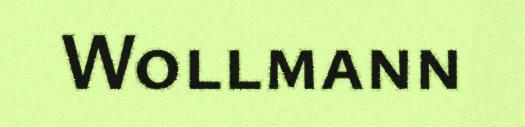
Wollmann